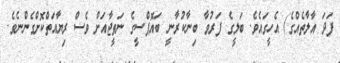
ފަދަ އާލާތެއްގެ) އެހީގައެވެ. ބަލީގެ ފަރުވާ ބިނާކުރާނީ ބައޮޕްސީގެ ނަތީޖާއަށް ވެސް ރިޔާއަތްކޮށްގެންނެވެ.